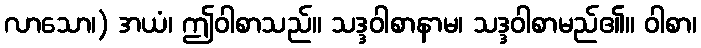
လာသော၊) အယံ၊ ဤဝါစာသည်။ သဒ္ဒဝါစာနာမ၊ သဒ္ဒဝါစာမည်၏။ ဝါစာ၊